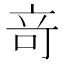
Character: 竒